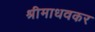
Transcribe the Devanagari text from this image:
श्रीमाधवकर